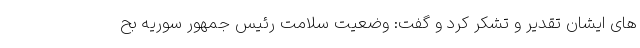
های ایشان تقدیر و تشکر کرد و گفت: وضعیت سلامت رئیس جمهور سوریه بح